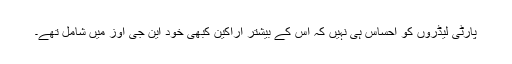
پارٹی لیڈروں کو احساس ہی نہیں کہ اس کے بیشتر اراکین کبھی خود این جی اوز میں شامل تھے۔